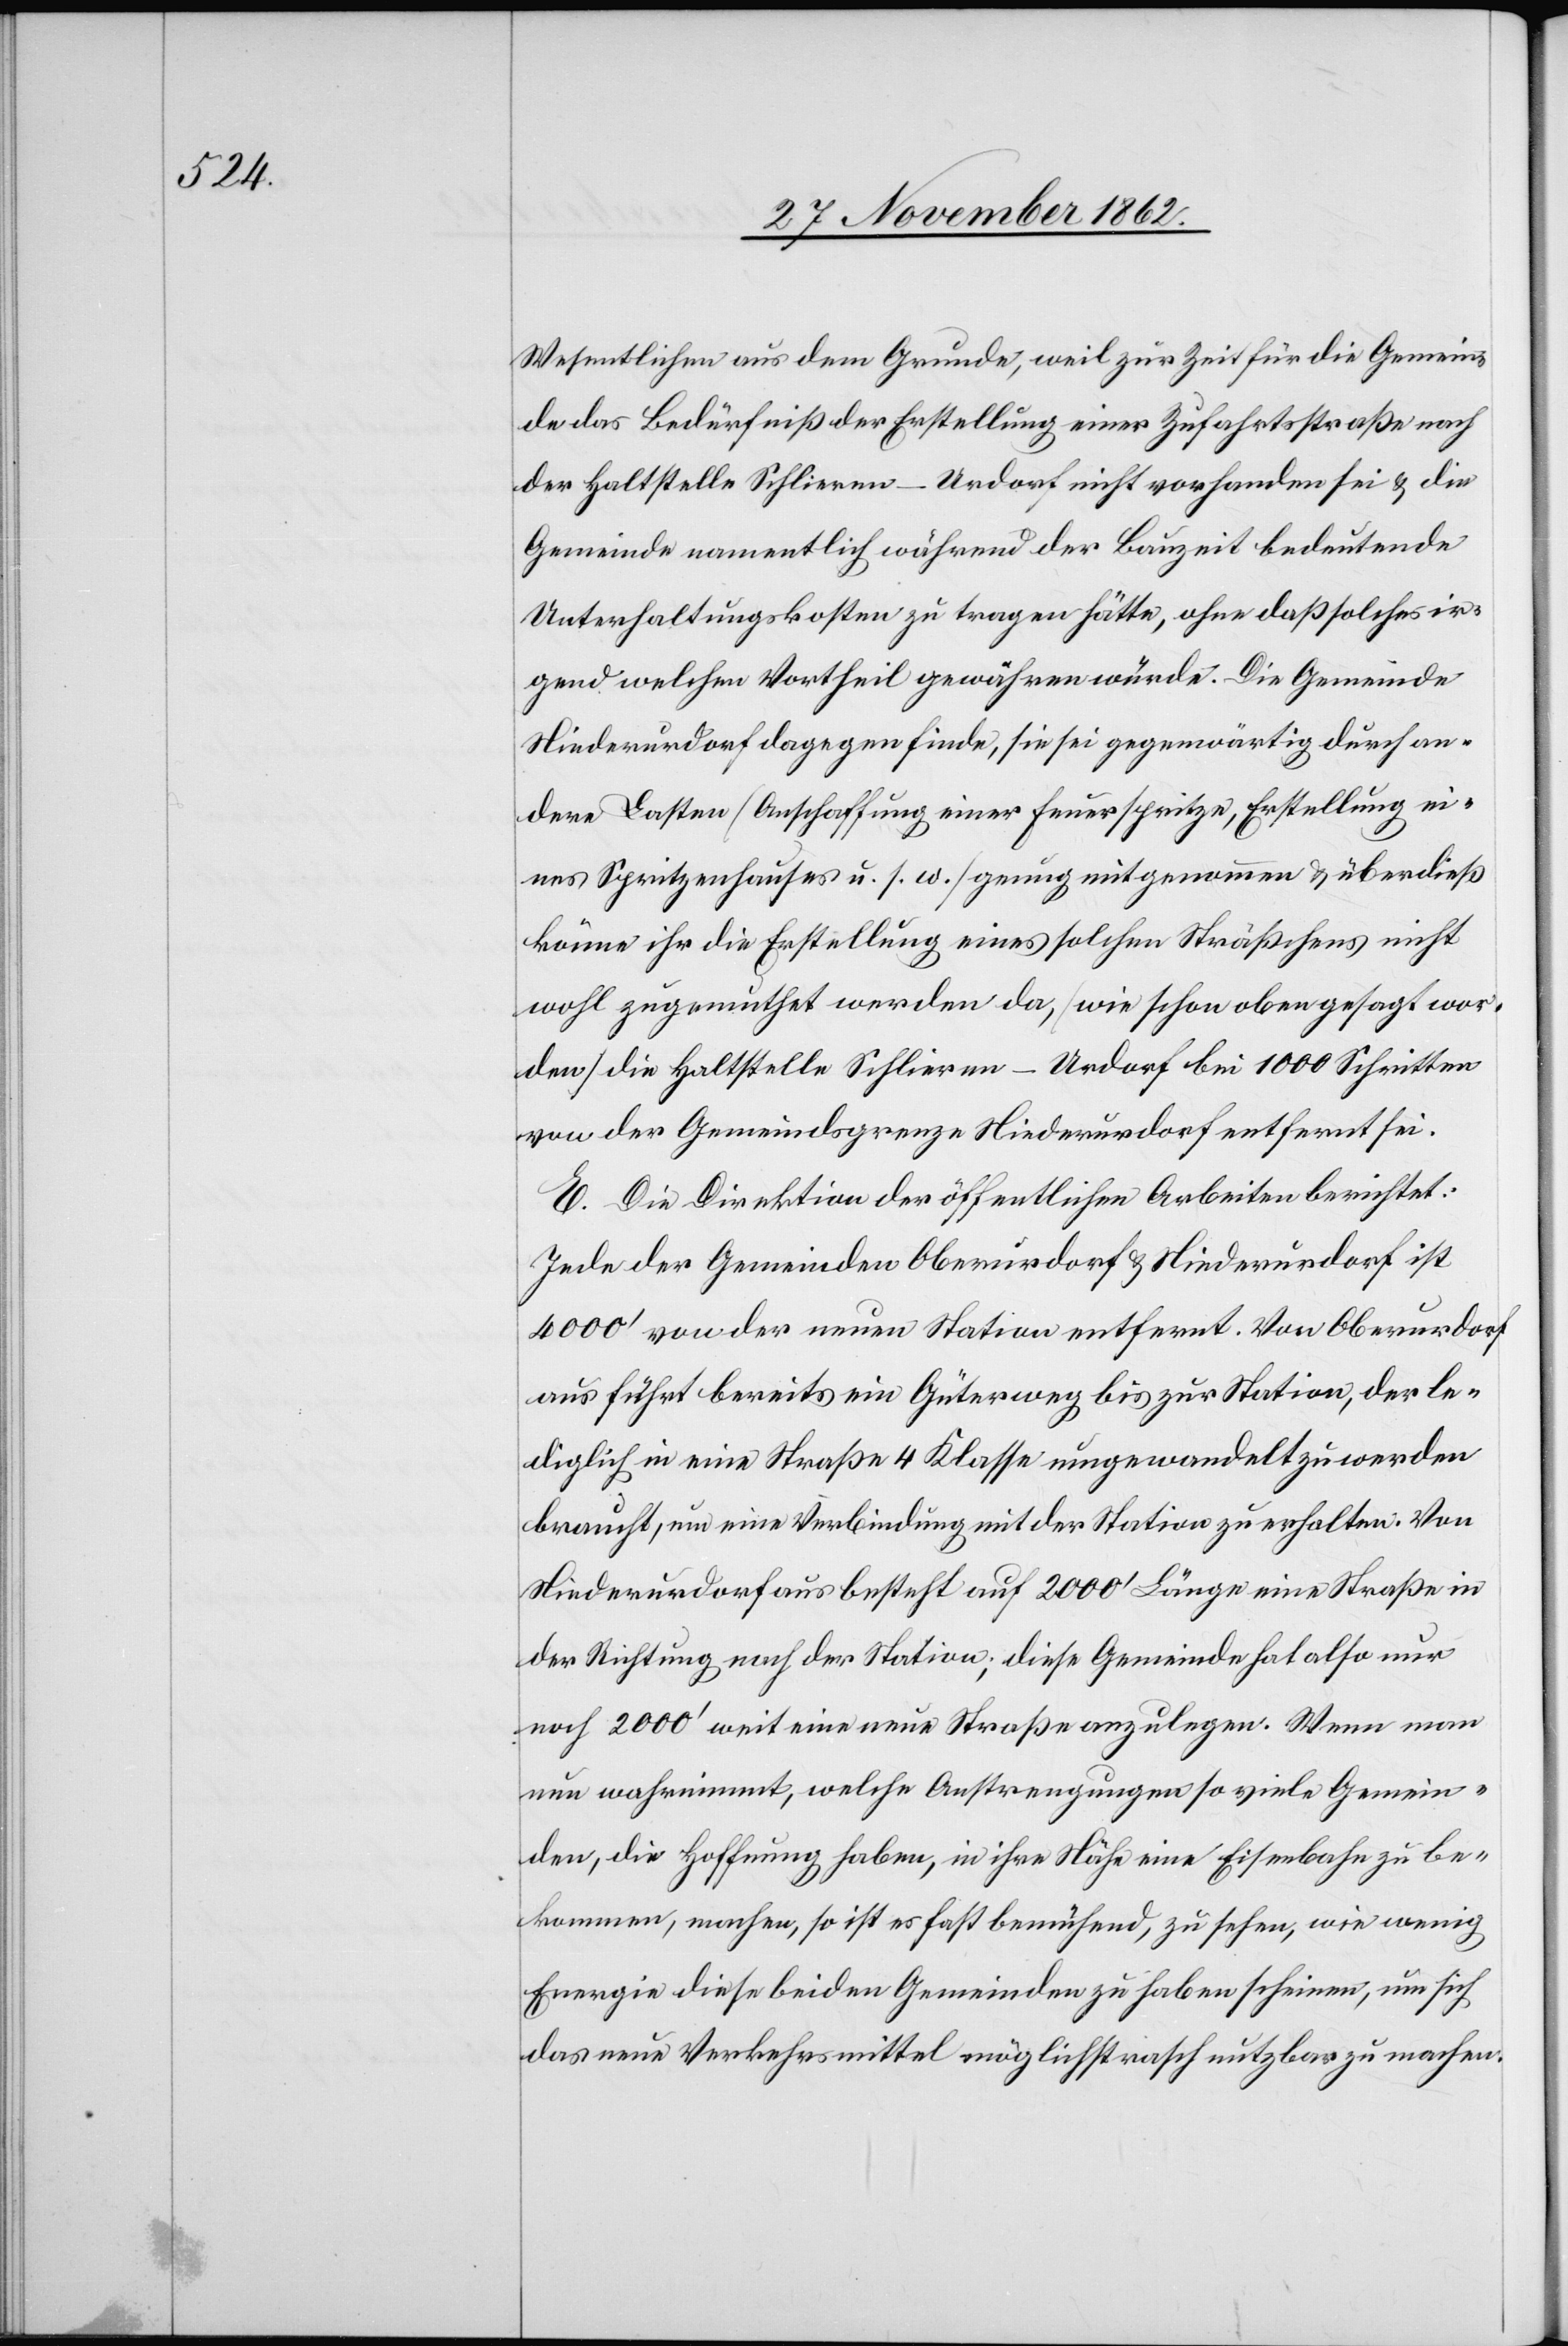
Wesentlichen aus dem Grunde, weil zur Zeit für die Gemein¬
de das Bedürfniß der Erstellung einer Zufahrtsstraße nach
der Haltstelle Schlieren-Urodrf nicht vorhanden sei u. die
Gemeinde namentlich während der Bauzeit bedeutende
Unterhaltungskosten zu tragen hätte, ohne daß solches ir¬
gend welchen Vortheil gewähren würde. Die Gemeinde
Niederurdorf dagegen finde, sie sei gegenwärtig durch an¬
dere Lasten (Anschaffung einer Feuerspritze, Erstellung ei¬
nes Spritzenhauses u. s. w.) genug mitgenommen u. überdieß
könne ihr die Erstellung eines solchen Sträßchens nicht
wohl zugemuthet werden, da (wie schon oben gesagt wor¬
den) die Haltstelle Schlieren-Urdorf bei 1000 Schritten
von der Gemeindsgrenze Niederurdorf entfernt sei.
E. Die Direktion der öffentlichen Arbeiten berichtet:
Jede der Gemeinden Oberurdorf u. Niederurdorf ist
4000’ von der neuen Station entfernt. Von Oberurdorf
aus führt bereits ein Güterweg bis zur Station, der le¬
diglich in eine Straße 4. Klasse umgewandelt zu werden
braucht, um eine Verbindung mit der Station zu erhalten. Von
Niederurdorf aus besteht auf 2000’ Länge eine Straße in
der Richtung nach der Station; diese Gemeinde hat also nur
noch 2000’ weit eine neue Straße anzulegen. Wenn man
nun wahrnimmt, welche Anstrengungen so viele Gemein¬
den, die Hoffnung haben, in ihre Nähe eine Eisenbahn zu be¬
kommen, machen, so ist es fast bemühend, zu sehen, wie wenig
Energie diese beiden Gemeinden zu haben scheinen, um sich
das neue Verkehrsmittel möglichst rasch nutzbar zu machen.